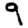
Digit: 9